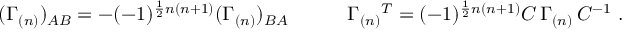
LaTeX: ( \Gamma _ { ( n ) } ) _ { A B } = - ( - 1 ) ^ { \frac { 1 } { 2 } n ( n + 1 ) } ( \Gamma _ { ( n ) } ) _ { B A } \qquad \quad \Gamma _ { ( n ) } { } ^ { T } = ( - 1 ) ^ { \frac { 1 } { 2 } n ( n + 1 ) } C \, \Gamma _ { ( n ) } \, C ^ { - 1 } \ .